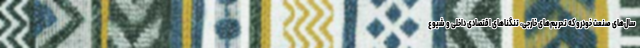
سال‌های صنعت خودرو که تحریم‌های خارجی، تنگناهای اقتصادی داخلی و شیوع